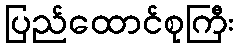
ပြည်ထောင်စုကြီး